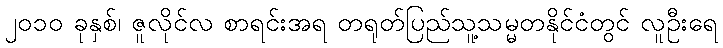
၂၀၁၀ ခုနှစ်၊ ဇူလိုင်လ စာရင်းအရ တရုတ်ပြည်သူ့သမ္မတနိုင်ငံတွင် လူဦးရေ